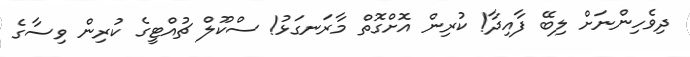
ދިވެހިންނަށް ލިބޭ ފާއިދާ! ކުރިން އޮށްގޮތް މާރަނގަޅު! ސްކޫލް ޗުއްޓީގެ ކުރިން ވިސާގެ